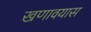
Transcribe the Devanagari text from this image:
खणावयास